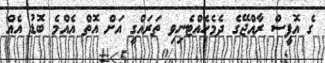
ގެ އޮފީސް ރާއްޖޭގެ ދެމެހެއްޓެނިވި ތަރައްގީ އަށް އޮތް އެއްމެ ބޮޑު އެއް